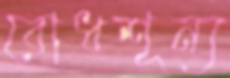
বোধশূন্য